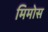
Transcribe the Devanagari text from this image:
मिमोस